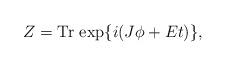
LaTeX: \begin{align*}Z = \hbox{Tr}\,\exp\{ i (J\phi + Et)\} ,\end{align*}